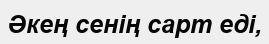
Әкең сенің сарт еді,